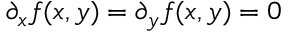
\partial _ { x } f ( x , y ) = \partial _ { y } f ( x , y ) = 0